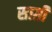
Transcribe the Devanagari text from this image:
साग़ी